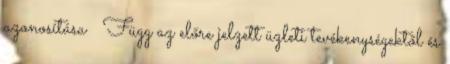
azonosítása  Függ az előre jelzett üzleti tevékenységektől és